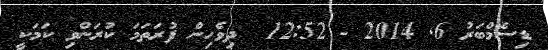
ޑިސެމްބަރު 6